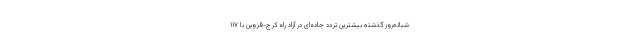
شبانه‌روز گذشته بیشترین تردد جاده‌ای در آزاد راه کرج-قزوین‌ با ۱۱۷